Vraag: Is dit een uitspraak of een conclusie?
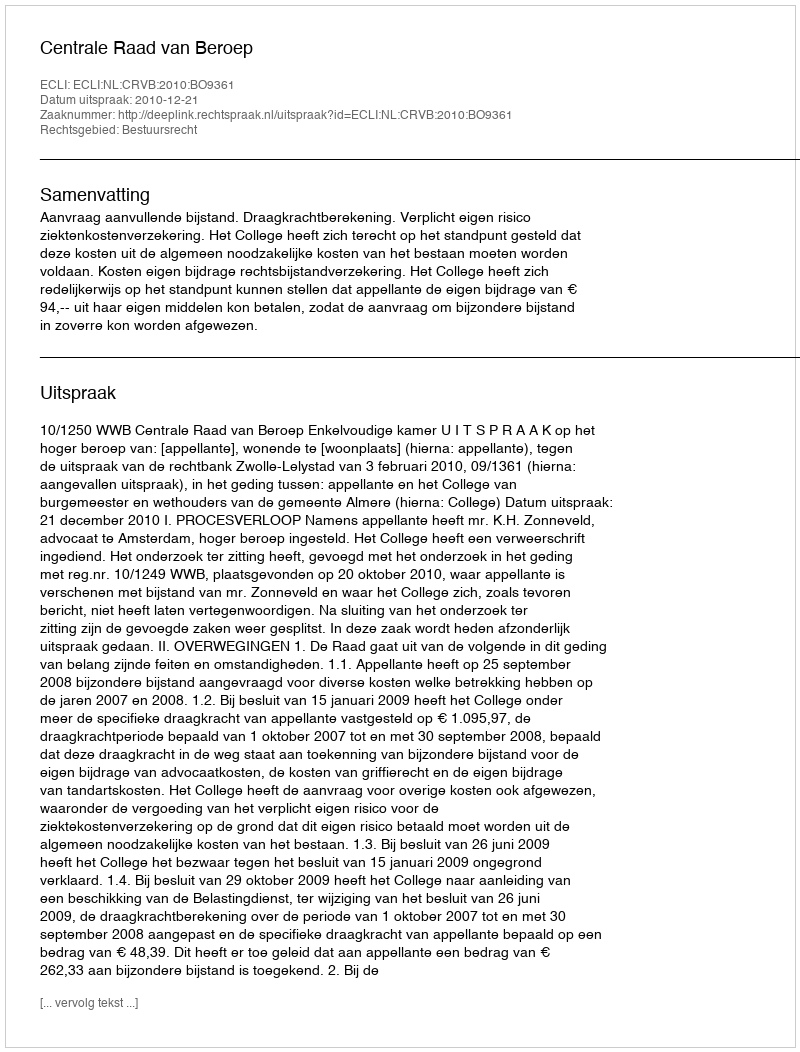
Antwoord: Uitspraak